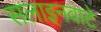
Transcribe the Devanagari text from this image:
सलाइनवाटे